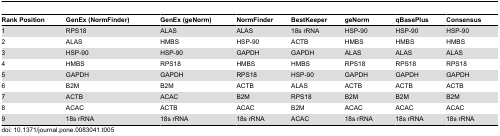
<table><thead><tr><td><b>Rank Position</b></td><td><b>GenEx (NormFinder) </b></td><td><b>GenEx (geNorm)</b></td><td><b>NormFinder</b></td><td><b>BestKeeper</b></td><td><b>geNorm </b></td><td><b>qBasePlus</b></td><td><b>Consensus</b></td></tr></thead><tbody><tr><td>1</td><td>RPS18</td><td>ALAS</td><td>ALAS</td><td>18s rRNA</td><td>HSP-90</td><td>HSP-90</td><td>HSP-90</td></tr><tr><td>2</td><td>ALAS</td><td>HMBS</td><td>HSP-90</td><td>ACTB</td><td>HMBS</td><td>HMBS</td><td>HMBS</td></tr><tr><td>3</td><td>HSP-90</td><td>HSP-90</td><td>GAPDH</td><td>GAPDH</td><td>ALAS</td><td>ALAS</td><td>ALAS</td></tr><tr><td>4</td><td>HMBS</td><td>RPS18</td><td>HMBS</td><td>HMBS</td><td>RPS18</td><td>RPS18</td><td>RPS18</td></tr><tr><td>5</td><td>GAPDH</td><td>GAPDH</td><td>RPS18</td><td>HSP-90</td><td>GAPDH</td><td>GAPDH</td><td>GAPDH</td></tr><tr><td>6</td><td>B2M</td><td>B2M</td><td>ACTB</td><td>ALAS</td><td>ACTB</td><td>ACTB</td><td>ACTB</td></tr><tr><td>7</td><td>ACTB</td><td>ACAC</td><td>B2M</td><td>RPS18</td><td>B2M</td><td>B2M</td><td>B2M</td></tr><tr><td>8</td><td>ACAC</td><td>ACTB</td><td>ACAC</td><td>B2M</td><td>ACAC</td><td>ACAC</td><td>ACAC</td></tr><tr><td>9</td><td>18s rRNA</td><td>18s rRNA</td><td>18s rRNA</td><td>ACAC</td><td>18s rRNA</td><td>18s rRNA</td><td>18s rRNA</td></tr></tbody></table>